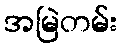
အမြဲတမ်း